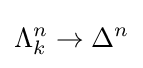
\Lambda _{k}^{n}\rightarrow \Delta ^{n}